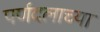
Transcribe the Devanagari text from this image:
पर्णदलाच्या